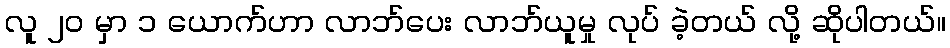
လူ ၂၀ မှာ ၁ ယောက်ဟာ လာဘ်ပေး လာဘ်ယူမှု လုပ် ခဲ့တယ် လို့ ဆိုပါတယ်။